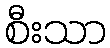
စီးသာ